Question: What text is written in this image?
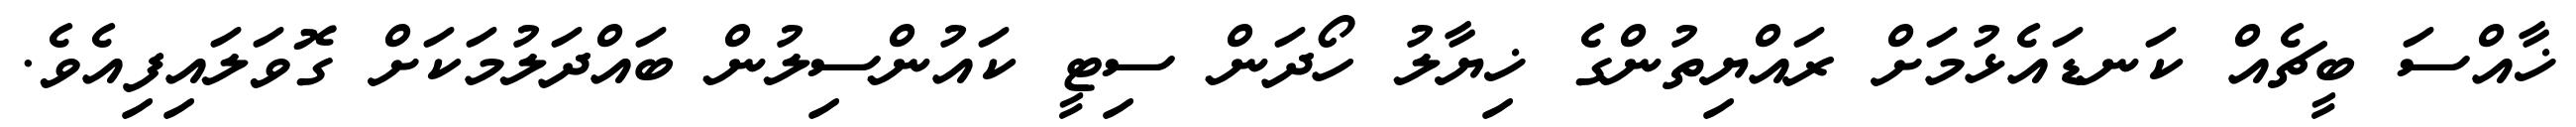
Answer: ޚާއްސަ ބީޗެއް ކަނޑައެޅުމަށް ރައްޔިތުންގެ ޚިޔާލު ހޯދަން ސިޓީ ކައުންސިލުން ބައްދަލުމަކަށް ގޮވަލައިފިއެވެ.